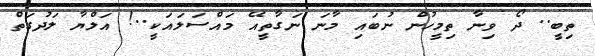
ތިބީ.. ދޯ ވިނާ ތިމީހުން ނުބައި މާނަ ނަގާތީއޭ މައްސަލައަކީ..! އަލްޔާ ލަދުގަތް